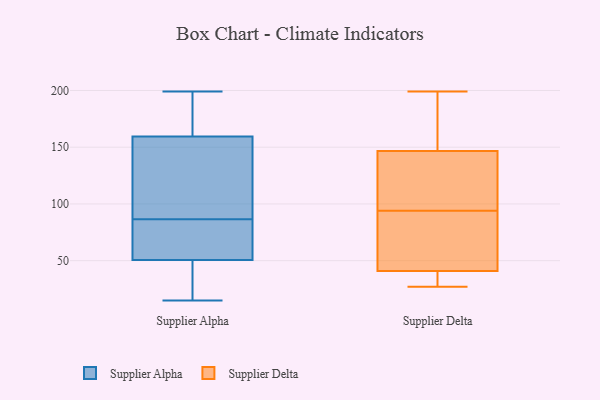
{"axis": {"x": "Temperature (°C)", "y": "Value"}, "legend": ["Supplier Alpha", "Supplier Delta"], "data": [{"x": "", "y": 27, "type": "Supplier Alpha"}, {"x": "", "y": 103, "type": "Supplier Alpha"}, {"x": "", "y": 199, "type": "Supplier Alpha"}, {"x": "", "y": 52, "type": "Supplier Alpha"}, {"x": "", "y": 175, "type": "Supplier Alpha"}, {"x": "", "y": 15, "type": "Supplier Alpha"}, {"x": "", "y": 49, "type": "Supplier Alpha"}, {"x": "", "y": 70, "type": "Supplier Alpha"}, {"x": "", "y": 42, "type": "Supplier Alpha"}, {"x": "", "y": 108, "type": "Supplier Alpha"}, {"x": "", "y": 161, "type": "Supplier Alpha"}, {"x": "", "y": 127, "type": "Supplier Alpha"}, {"x": "", "y": 66, "type": "Supplier Alpha"}, {"x": "", "y": 169, "type": "Supplier Alpha"}, {"x": "", "y": 56, "type": "Supplier Alpha"}, {"x": "", "y": 146, "type": "Supplier Alpha"}, {"x": "", "y": 41, "type": "Supplier Alpha"}, {"x": "", "y": 158, "type": "Supplier Alpha"}, {"x": "", "y": 192, "type": "Supplier Alpha"}, {"x": "", "y": 58, "type": "Supplier Alpha"}, {"x": "", "y": 186, "type": "Supplier Delta"}, {"x": "", "y": 37, "type": "Supplier Delta"}, {"x": "", "y": 44, "type": "Supplier Delta"}, {"x": "", "y": 69, "type": "Supplier Delta"}, {"x": "", "y": 94, "type": "Supplier Delta"}, {"x": "", "y": 118, "type": "Supplier Delta"}, {"x": "", "y": 27, "type": "Supplier Delta"}, {"x": "", "y": 199, "type": "Supplier Delta"}, {"x": "", "y": 33, "type": "Supplier Delta"}, {"x": "", "y": 149, "type": "Supplier Delta"}, {"x": "", "y": 169, "type": "Supplier Delta"}, {"x": "", "y": 140, "type": "Supplier Delta"}, {"x": "", "y": 83, "type": "Supplier Delta"}, {"x": "", "y": 96, "type": "Supplier Delta"}, {"x": "", "y": 40, "type": "Supplier Delta"}]}